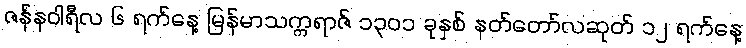
ဇန်နဝါရီလ ၆ ရက်နေ့ မြန်မာသက္ကရာဇ် ၁၃၀၁ ခုနှစ် နတ်တော်လဆုတ် ၁၂ ရက်နေ့